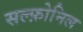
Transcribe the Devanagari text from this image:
सल्फ़ोनिल